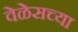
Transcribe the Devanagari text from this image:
वेळेसच्या